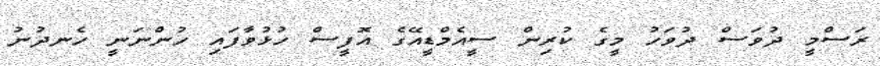
ރަސްމީ ދުވަސް ދުވަހު މީގެ ކުރިން ސީއެމްޑީއޭގެ އޮފީސް ހުޅުވާފައި ހުންނަނީ ހެނދުނު